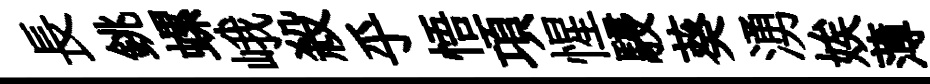
長銚螺峨殺乎悟項惺駸葵湧娭薄